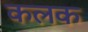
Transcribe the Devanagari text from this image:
कलक